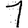
Digit: 1